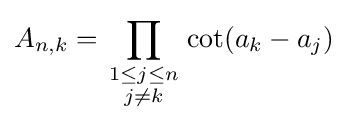
A_{n,k}=\prod _{\begin{smallmatrix}1\leq j\leq n\\j\neq k\end{smallmatrix}}\cot(a_{k}-a_{j})